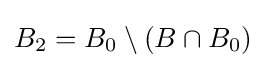
B_{2}=B_{0}\setminus (B\cap B_{0})